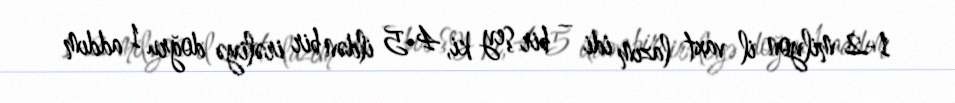
1-2 milyon il vaxt lazım idi – bir şey ki, 4-5 ildən bir irəliyə doğru 1 addım